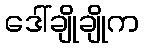
ဒေါ်ချိုချိုက